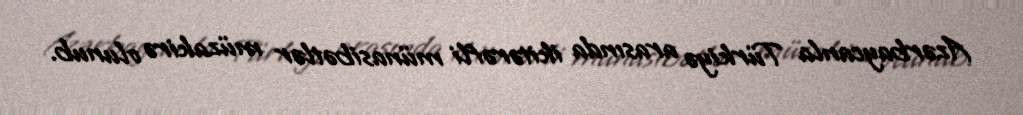
Azərbaycanla Türkiyə arasında ikitərəfli münasibətlər müzakirə olunub.